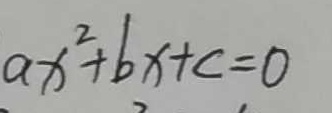
a x ^ { 2 } + b x + c = 0